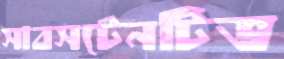
সাবসটেনটিভ